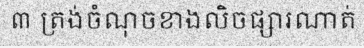
៣ ត្រង់ចំណុចខាងលិចផ្សារណាត់